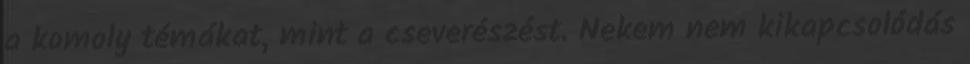
a komoly témákat, mint a cseverészést. Nekem nem kikapcsolódás